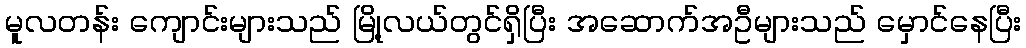
မူလတန်း ကျောင်းများသည် မြို့လယ်တွင်ရှိပြီး အဆောက်အဦများသည် မှောင်နေပြီး